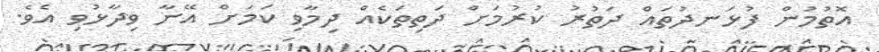
އޮތުމުން ފުޅަނދުތައް ދަތުރު ކުރުމަށް ދަތިތަކެއް ދިމާވި ކަމަށް އޭނާ ވިދާޅުވި އެވެ.